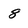
Character: 8